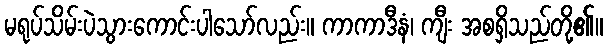
မရုပ်သိမ်းပဲသွားကောင်းပါသော်လည်း။ ကာကာဒီနံ၊ ကျီး အစရှိသည်တို့၏။